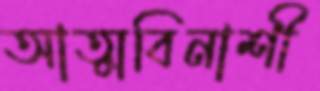
আত্মবিনাশী